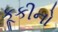
કૂકીનો